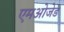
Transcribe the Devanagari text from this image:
एमओजेड